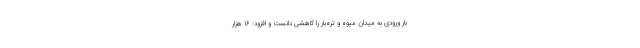
بار ورودی به میدان میوه و تره‌بار را کاهشی دانست و افزود: 16 هزار